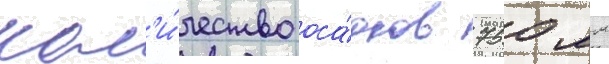
кол'и́чество оса́дков 750 мм